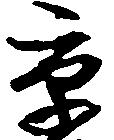
京